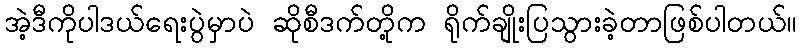
အဲ့ဒီကိုပါဒယ်ရေးပွဲမှာပဲ ဆိုစီဒက်တို့က ရိုက်ချိုးပြသွားခဲ့တာဖြစ်ပါတယ်။